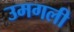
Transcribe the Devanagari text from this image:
उमगली